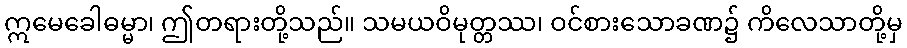
ဣမေခေါဓမ္မာ၊ ဤတရားတို့သည်။ သမယဝိမုတ္တဿ၊ ဝင်စားသောခဏ၌ ကိလေသာတို့မှ